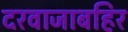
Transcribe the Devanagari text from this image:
दरवाजाबहिर